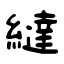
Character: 繨